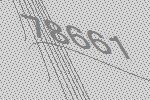
78661